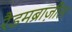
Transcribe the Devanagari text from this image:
रैडमब्राज़ील